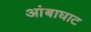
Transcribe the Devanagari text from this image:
आंबाघाट